Mental hospitals Bombay report 1929-33 - 1929-1933
Year: 1929
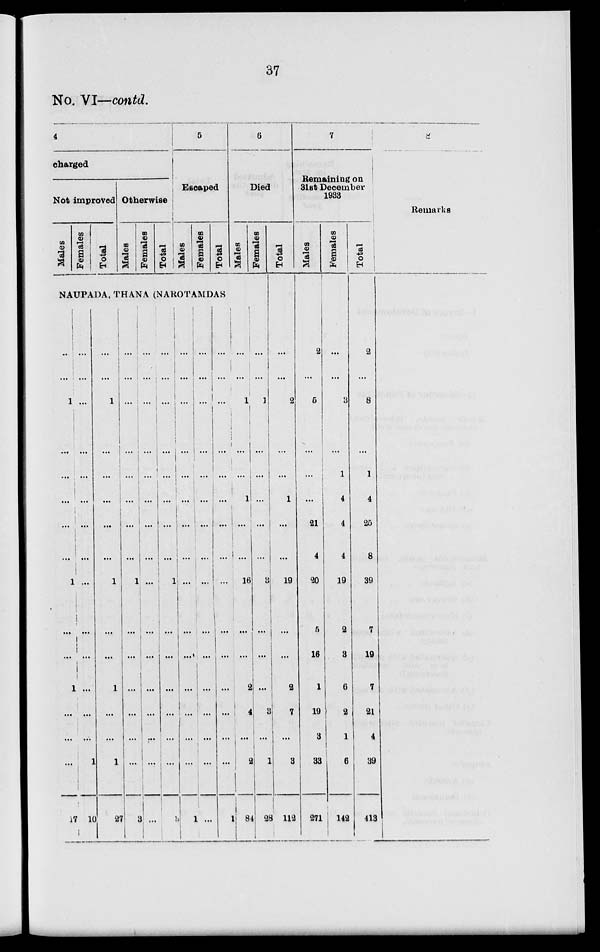
37
No. VI—contd.
4
charged
Not improved
Males
Females
Total
Otherwise
Males
Females
Total
5
Escaped
Males
Females
Total
NAUPADA, THANA (NAROTAMDAS
...
...
1
...
...
...
...
...
1
...
...
1
...
...
...
17
...
...
...
...
...
...
...
...
...
...
...
...
...
...
1
10
...
...
1
...
...
...
...
...
1
...
...
1
...
...
1
27
...
...
...
...
...
...
...
...
1
...
...
...
...
...
...
3
...
...
...
...
...
...
...
...
...
...
...
...
...
...
...
...
...
...
...
...
...
...
...
...
1
...
...
...
...
...
...
...
3
...
...
...
...
...
...
...
...
...
...
...
...
...
...
...
1
...
...
...
...
...
...
...
...
...
...
...
...
...
...
...
...
...
...
...
...
...
...
...
...
...
...
...
...
...
...
...
1
6
Died
Males
...
...
1
...
...
1
...
...
16
...
...
2
4
...
2
84
Females
...
...
1
...
...
...
...
...
3
...
...
...
3
...
1
28
Total
...
...
2
...
...
1
...
...
19
...
...
2
7
...
9
112
7
Remaining on
31st December
1933
Males
2
...
5
...
...
...
...
...
21
4
20
5
16
1
19
3
33
271
Females
...
...
3
...
1
4
4
4
19
2
3
6
2
1
6
142
Total
2
...
8
...
1
4
26
8
39
7
19
7
21
4
39
413
8
Remarks